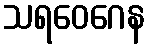
သရဝေဂေန